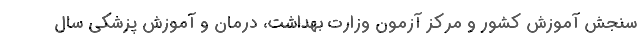
سنجش آموزش کشور و مرکز آزمون وزارت بهداشت، درمان و آموزش پزشکی سال